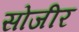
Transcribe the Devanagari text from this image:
सोजीर